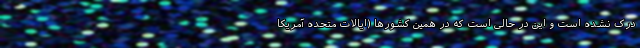
درک نشده است و این در حالی است که در همین کشورها (ایالات متحده آمریکا